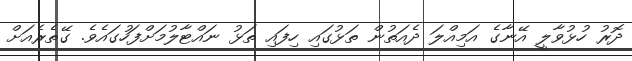
ދޮރު ހުޅުވާލީ އޭނާގެ އަމިއްލަ ދެއަތުން ތަޅުގައި ހިފައި ތަޅު ނައްޓާލުމަށްފަހުގައެވެ. ގޭތެރެއަށް